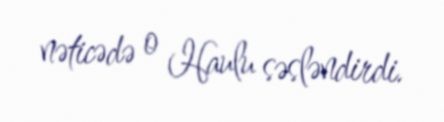
nəticədə o Haulu səsləndirdi.